Report of the Indian Hemp Drugs Commission, 1894-1895 - Volume VI
Year: 1894
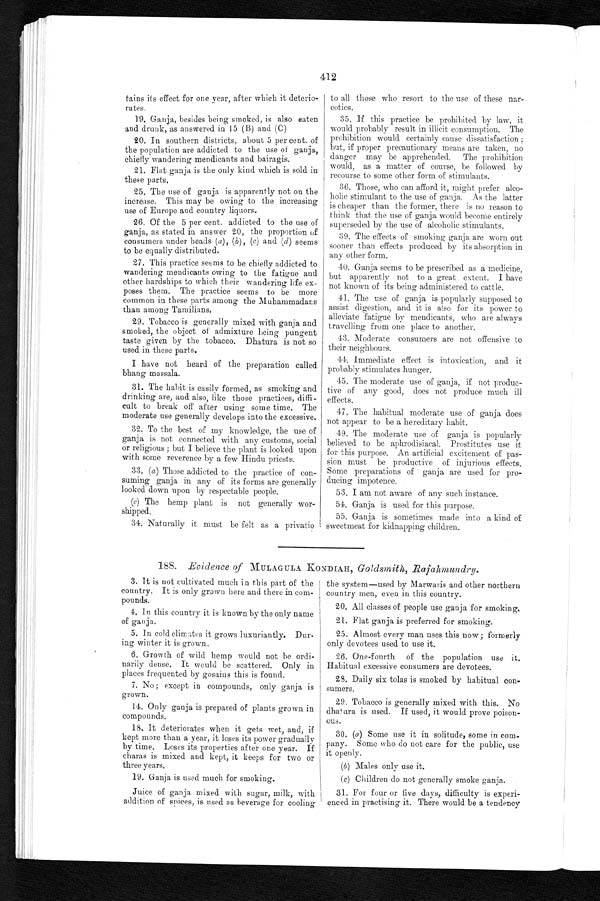
412
tains its effect for one year, after which it deterio-
rates.
19. Ganja, besides being smoked, is also eaten
and drunk, as answered in 15 (B) and (C)
20. In southern districts, about 5 per cent. of
the population are addicted to the use of ganja,
chiefly wandering mendicants and bairagis.
21. Flat ganja is the only kind which is sold in
these parts.
25. The use of ganja is apparently not on the
increase. This may be owing to the increasing
use of Europe and country liquors.
26. Of the 5 per cent. addicted to the use of
ganja, as stated in answer 20, the proportion of
consumers under heads ( a ), ( b ), (c ) and (d ) seems
to be equally distributed.
27. This practice seems to be chiefly addicted to
wandering mendicants owing to the fatigue and
other hardships to which their wandering life ex
- p o s e s t h e m . T h e p r a c t i c e s e e m s t o b e m o r e
common in these parts among the Muhammadans
than among Tamilians.
29. Tobacco is generally mixed with ganja and
smoked, the object of admixture being pungent
taste given by the tobacco. Dhatura is not so
used in these parts.
I have not heard of the preparation called
bhang massala.
31. The habit is easily formed, as smoking and
drinking are, and also, like those practices, diffi
- c u l t t o b r e a k o f f a f t e r u s i n g s o m e t i m e . T h e
moderate use generally develops into the excessive.
32. To the best of my knowledge, the use of
ganja is not connected with any customs, social
or religious ; but I believe the plant is looked upon
with some reverence by a few Hindu priests.
33. ( a ) Those addicted to the practice of con-
suming ganja in any of its forms are generally
looked down upon by respectable people.
(c) The hemp plant is not generally wor-
shipped.
34. Naturally it must be felt as a privatio
to all those who resort to the use of these nar-
cotics.
35. If this practice be prohibited by law, it
would probably result in illicit consumption. The
prohibition would certainly cause dissatisfaction ;
but, if proper precautionary means are taken, no
danger may be apprehended. The prohibition
would, as a matter of course, be followed by
recourse to some other form of stimulants.
36. Those, who can afford it, might prefer alco-
holic stimulant to the use of ganja. As the latter
is cheaper than the former, there is no reason to
think that the use of ganja would become entirely
superseded by the use of alcoholic stimulants.
39. The effects of smoking ganja are worn out
sooner than effects produced by its absorption in
any other form.
40. Ganja seems to be prescribed as a medicine,
but apparently not to a great extent. I have
not known of its being administered to cattle.
41. The use of ganja is popularly supposed to
assist digestion, and it is also for its power to
alleviate fatigue by mendicants, who are always
travelling from one place to another.
43. Moderate consumers are not offensive to
their neighbours.
44. Immediate effect is intoxication, and it
probably stimulates hunger.
45. The moderate use of ganja, if not produc-
tive of any good, does not produce much ill
effects.
47. The habitual moderate use of ganja does
not appear to be a hereditary habit.
49. The moderate use of ganja is popularly
believed to be aphrodisiacal. Prostitutes use it
f o r t h i s p u r p o s e . A n a r t i f i c i a l e x c i t e m e n t o f p a s - s i o n m u s t b e p r o d u c t i v e o f i n j u r i o u s e f f e c t s .
Some preparations of ganja are used for pro--
ducing impotence.
53. I am not aware of any such instance.
54. Ganja is used for this purpose.
55. Ganja is sometimes made into a kind of
sweetmeat for kidnapping children.
188. Evidence of MULAGULA KONDIAH, Goldsmith, Rajahmundry.
3. It is not cultivated much in this part of the I
country. It is only grown here and there in com-
pounds.
4. In this country it is known by the only name
of ganja.
5. In cold climates it grows luxuriantly. Dur
-ing winter it is grown.
6. Growth of wild hemp would not be ordi
- n a r i l y d e n s e . I t w o u l d b e s c a t t e r e d . O n l y i n
places frequented by gosains this is found.
7. No ; except in compounds, only ganja is
grown.
14. Only ganja is prepared of plants grown in
compounds.
18. It deteriorates when it gets wet, and, if
kept more than a year, it loses its power gradually
by time. Loses its properties after one year. If
charas is mixed and kept, it keeps for two or
three years.
19. Ganja is used much for smoking.
Juice of ganja mixed with sugar, milk, with
addition of spices, is used as beverage for cooling
the system—used by Marwaris and other northern
country men, even in this country.
20. All classes of people use ganja for smoking.
21. Flat ganja is preferred for smoking.
25. Almost every man uses this now ; formerly
only devotees used to use it.
26. One-fourth of the population use it.
Habitual excessive consumers are devotees.
28. Daily six tolas is smoked by habitual con
-sumers.
29. Tobacco is generally mixed with this. No
dhatura is used. If used, it would prove poison
- o u s .
30. (a ) Some use it in solitude, some in com
- p a n y . S o m e w h o d o n o t c a r e f o r t h e p u b l i c , u s e
it openly.
(b) Males only use it.
( c) Children do not generally smoke ganja.
31. For four or five days, difficulty is experi
-enced in practising it. There would be a tendency